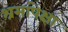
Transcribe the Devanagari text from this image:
श्रमांपेक्षा